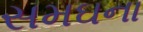
સમઘના